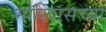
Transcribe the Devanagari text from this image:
मॉरिशसच्या